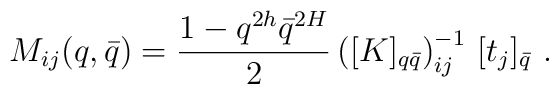
M_{ij}(q,\bar{q})=\frac{1-q^{2h}\bar{q}^{2H}}{2}\left( [K]_{q\bar{q}}\right)_{ij}^{-1}\,[t_{j}]_{\bar{q}}\,\,.